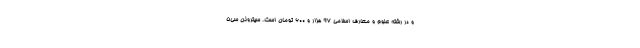
و در رشته علوم و معارف اسلامی ۹۷ هزار و ۶۰۰ تومان است. سیتروئن سی5